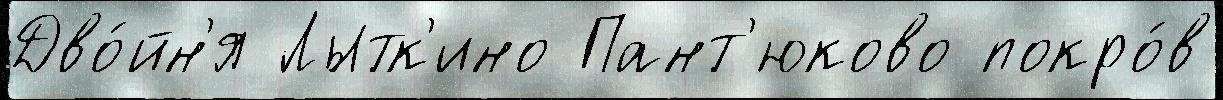
Дво́йн'я Лытк'ино Пант'юково покро́в